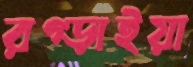
রগ্‌ড়াইয়া